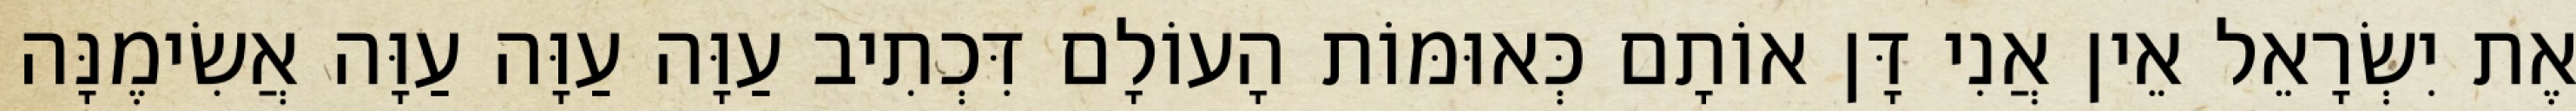
אֶת יִשְׂרָאֵל אֵין אֲנִי דָּן אוֹתָם כְּאוּמּוֹת הָעוֹלָם דִּכְתִיב עַוָּה עַוָּה עַוָּה אֲשִׂימֶנָּה